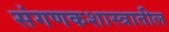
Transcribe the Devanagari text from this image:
संगणकशास्त्रातील